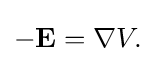
-\mathbf {E} =\nabla V.\,\!